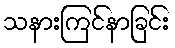
သနားကြင်နာခြင်း